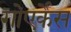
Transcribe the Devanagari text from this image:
गोएर्केस